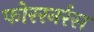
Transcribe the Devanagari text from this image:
फोररनर्रस